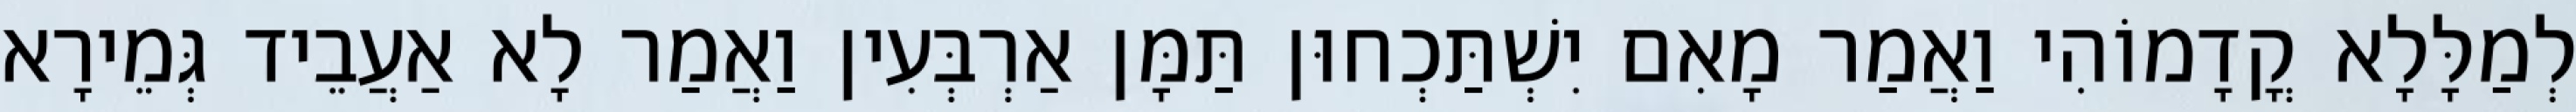
לְמַלָּלָא קֳדָמוֹהִי וַאֲמַר מָאִם יִשְׁתַּכְחוּן תַּמָּן אַרְבְּעִין וַאֲמַר לָא אַעֲבֵיד גְּמֵירָא